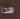
هذا